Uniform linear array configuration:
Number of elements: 64
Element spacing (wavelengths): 0.25
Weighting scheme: hamming
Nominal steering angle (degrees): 15
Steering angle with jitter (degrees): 14.736
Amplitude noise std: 0.05
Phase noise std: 0.05

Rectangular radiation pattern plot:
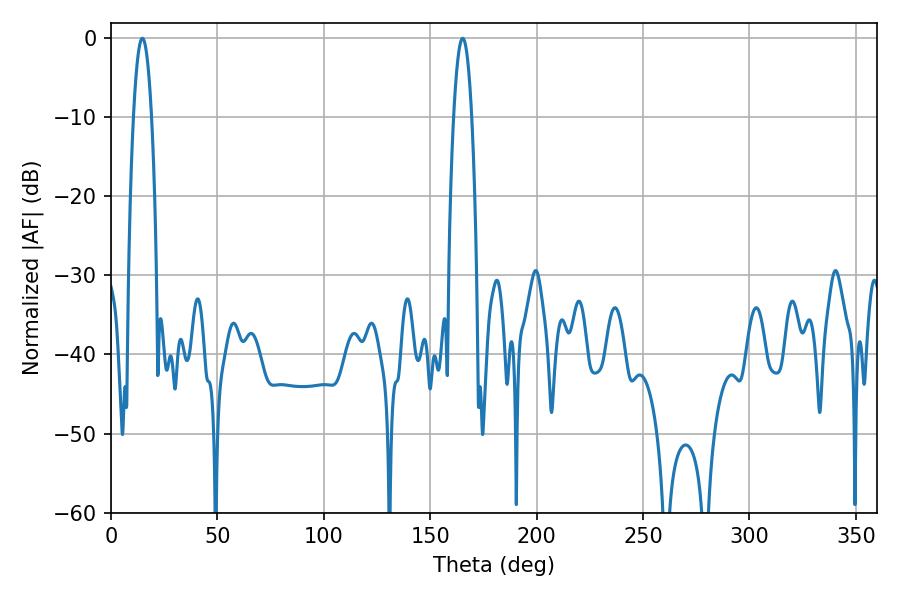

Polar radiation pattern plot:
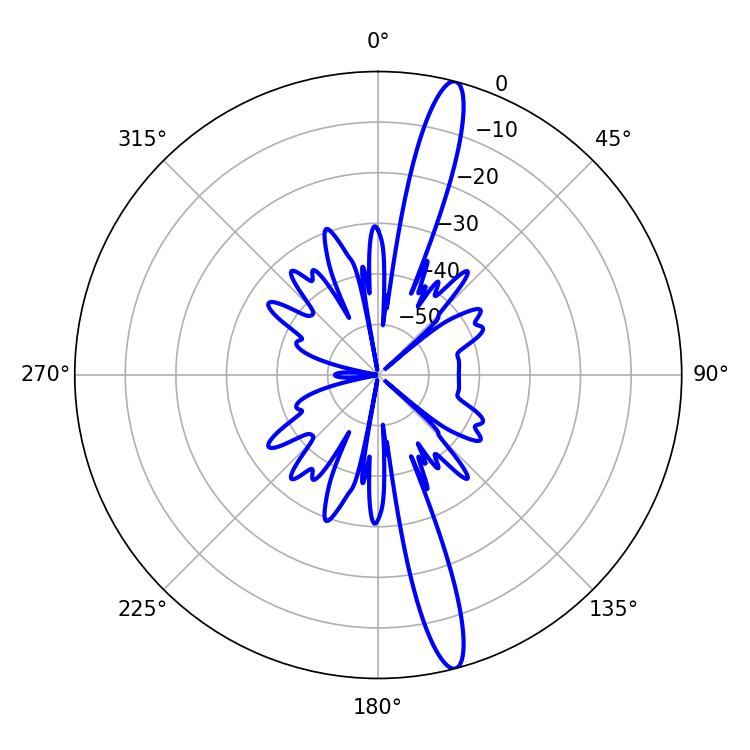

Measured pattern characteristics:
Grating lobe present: FALSE
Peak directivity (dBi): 16.48
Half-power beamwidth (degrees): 4.68
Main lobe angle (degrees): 14.76